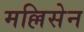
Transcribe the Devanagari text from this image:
मल्लिसेन